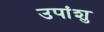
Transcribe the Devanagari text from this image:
उपांशु